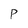
Character: P